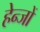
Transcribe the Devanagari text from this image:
हेन्जों